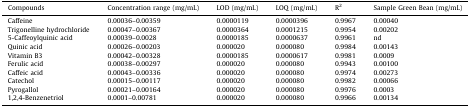
<table><thead><tr><td><b>Compounds</b></td><td><b>Concentration range (mg/mL)</b></td><td><b>LOD (mg/mL)</b></td><td><b>LOQ (mg/mL)</b></td><td><b>R<sup>2</sup></b></td><td><b>Sample Green Bean (mg/mL)</b></td></tr></thead><tbody><tr><td>Caffeine</td><td>0.00036–0.00359</td><td>0.0000119</td><td>0.0000396</td><td>0.9967</td><td>0.00040</td></tr><tr><td>Trigonelline hydrochloride</td><td>0.00047–0.00367</td><td>0.0000364</td><td>0.0001215</td><td>0.9954</td><td>0.00202</td></tr><tr><td>5-Caffeoylquinic acid</td><td>0.00039–0.0028</td><td>0.0000185</td><td>0.0000637</td><td>0.9961</td><td>nd</td></tr><tr><td>Quinic acid</td><td>0.00026–0.00203</td><td>0.000020</td><td>0.000080</td><td>0.9984</td><td>0.00143</td></tr><tr><td>Vitamin B3</td><td>0.00042–0.00328</td><td>0.0000185</td><td>0.0000617</td><td>0.9981</td><td>0.0009</td></tr><tr><td>Ferulic acid</td><td>0.00038–0.00297</td><td>0.000020</td><td>0.000080</td><td>0.9943</td><td>0.00100</td></tr><tr><td>Caffeic acid</td><td>0.00043–0.00336</td><td>0.000020</td><td>0.000080</td><td>0.9974</td><td>0.00273</td></tr><tr><td>Catechol</td><td>0.00015–0.00117</td><td>0.000020</td><td>0.000080</td><td>0.9982</td><td>0.00066</td></tr><tr><td>Pyrogallol</td><td>0.00021–0.00164</td><td>0.000020</td><td>0.000080</td><td>0.9976</td><td>0.0003</td></tr><tr><td>1,2,4-Benzenetriol</td><td>0.0001–0.00781</td><td>0.000020</td><td>0.000080</td><td>0.9966</td><td>0.00134</td></tr></tbody></table>